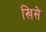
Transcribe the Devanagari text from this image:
खिसे